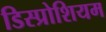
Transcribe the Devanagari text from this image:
डिस्प्रोशियम